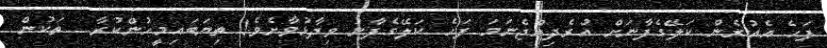
ފަހެ އެއުރެން ކަލޭގެފާނަށް އުރެދިއްޖެނަމަ ފަހެ ކަލޭގެފާނު ވިދާޅުވާށެވެ! ތިޔަބައިމީހުންކުރާ  ތަކުން